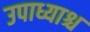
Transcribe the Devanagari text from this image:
उपाध्याश्च